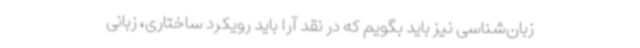
زبان‌شناسی نیز باید بگویم که در نقد آرا باید رویکرد ساختاری، زبانی